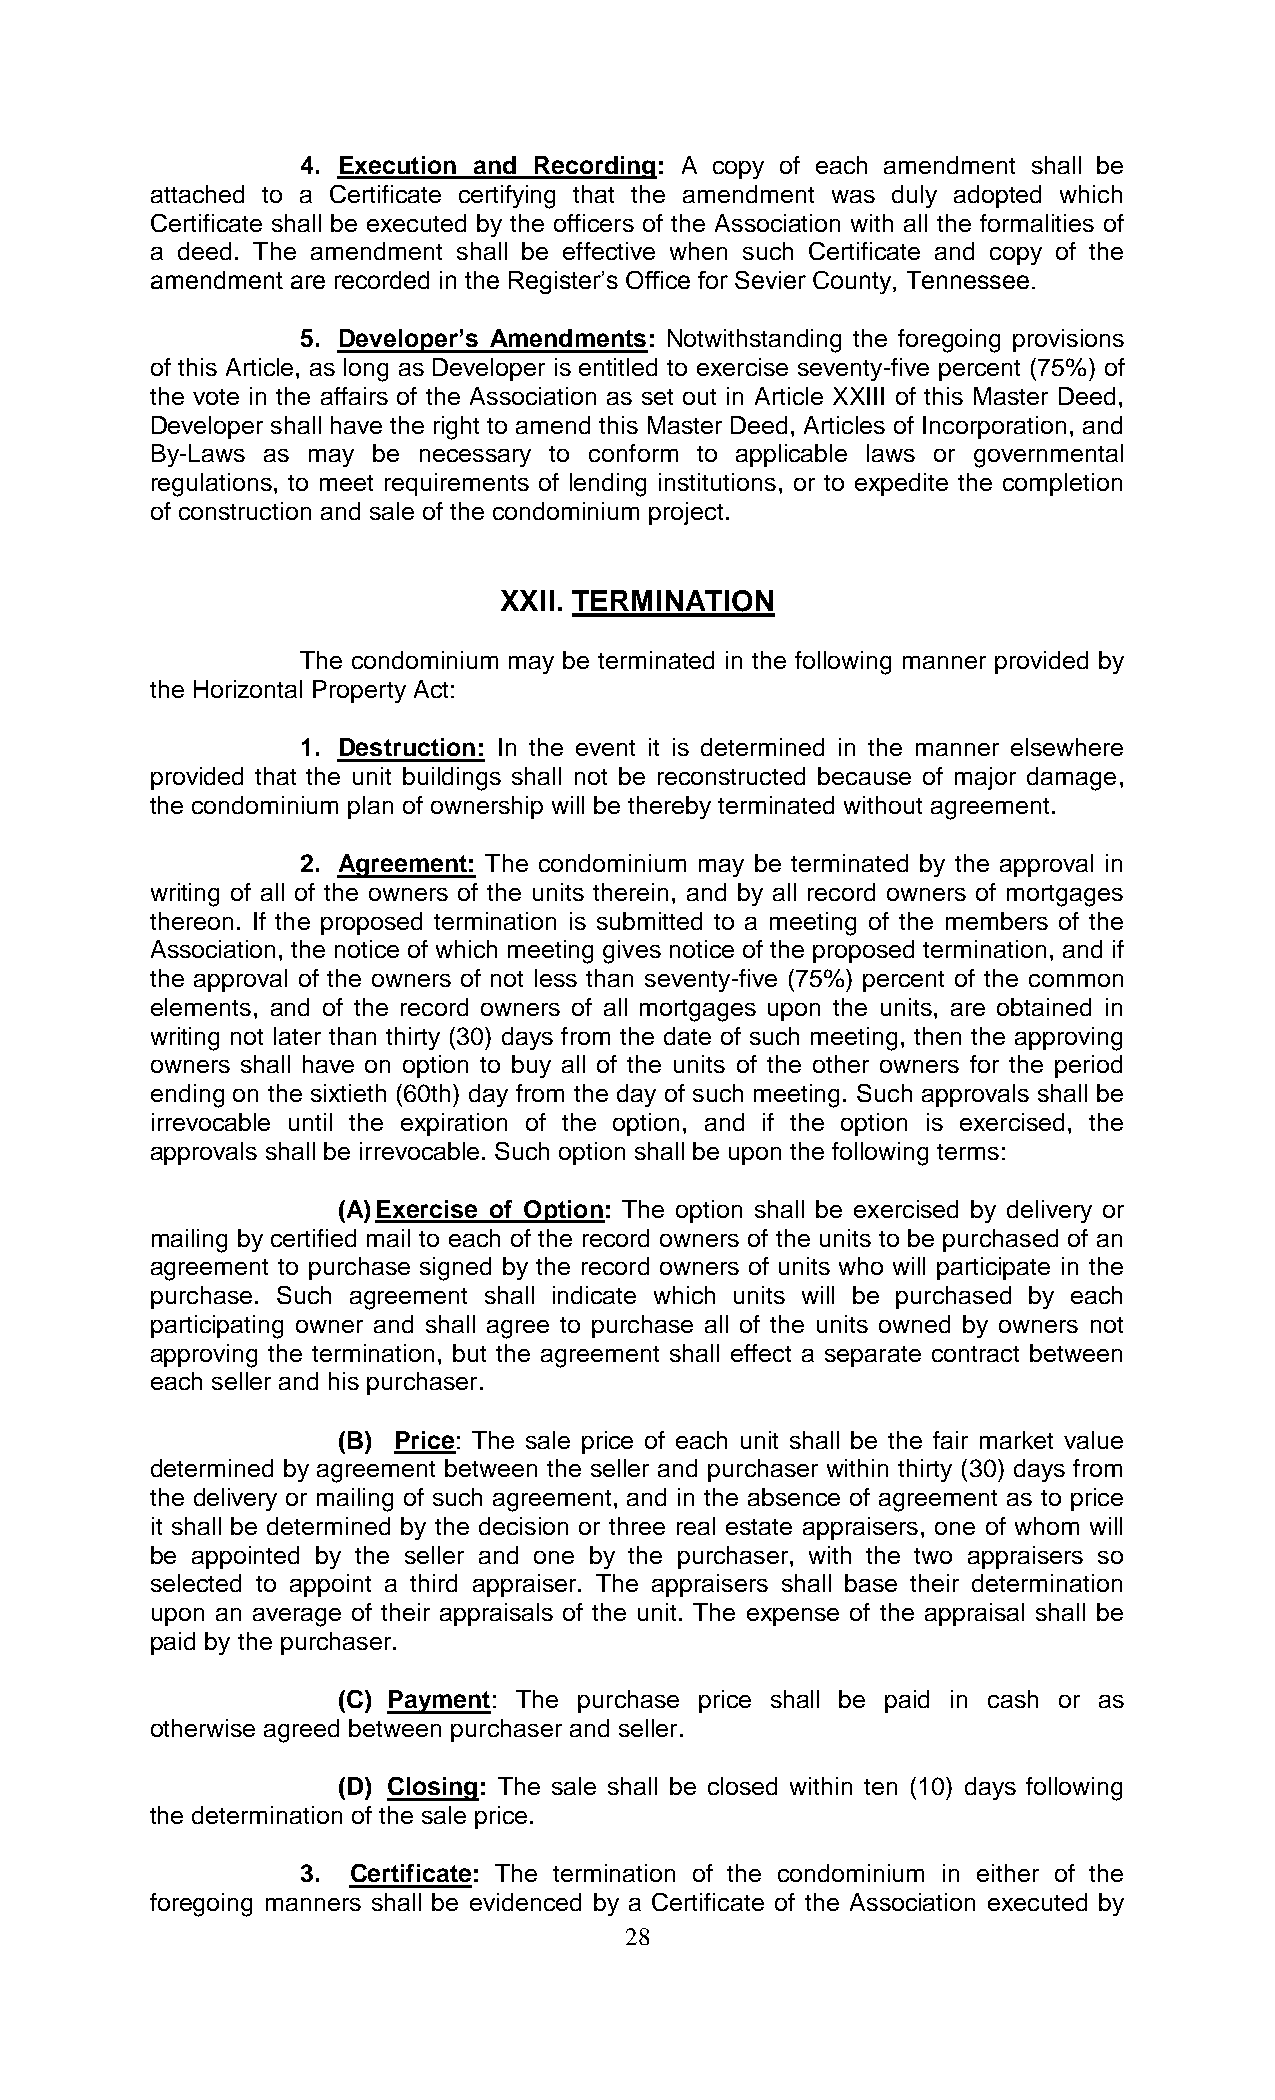
4. Execution and Recording: A copy of each amendment shall be
 attached to a Certificate certifying that the amendment was duly adopted which
 Certificate shall be executed by the officers of the Association with all the formalities of
 a deed. The amendment shall be effective when such Certificate and copy of the
 amendment are recorded in the Register’s Office for Sevier County, Tennessee.
 5. Developer’s Amendments: Notwithstanding the foregoing provisions
 of this Article, as long as Developer is entitled to exercise seventy-five percent (75%) of
 the vote in the affairs of the Association as set out in Article XXIII of this Master Deed,
 Developer shall have the right to amend this Master Deed, Articles of Incorporation, and
 By-Laws as may be necessary to conform to applicable laws or governmental
 regulations, to meet requirements of lending institutions, or to expedite the completion
 of construction and sale of the condominium project.
 XXII. TERMINATION
 The condominium may be terminated in the following manner provided by
 the Horizontal Property Act:
 1. Destruction: In the event it is determined in the manner elsewhere
 provided that the unit buildings shall not be reconstructed because of major damage,
 the condominium plan of ownership will be thereby terminated without agreement.
 2. Agreement: The condominium may be terminated by the approval in
 writing of all of the owners of the units therein, and by all record owners of mortgages
 thereon. If the proposed termination is submitted to a meeting of the members of the
 Association, the notice of which meeting gives notice of the proposed termination, and if
 the approval of the owners of not less than seventy-five (75%) percent of the common
 elements, and of the record owners of all mortgages upon the units, are obtained in
 writing not later than thirty (30) days from the date of such meeting, then the approving
 owners shall have on option to buy all of the units of the other owners for the period
 ending on the sixtieth (60th) day from the day of such meeting. Such approvals shall be
 irrevocable until the expiration of the option, and if the option is exercised, the
 approvals shall be irrevocable. Such option shall be upon the following terms:
 (A) Exercise of Option: The option shall be exercised by delivery or
 mailing by certified mail to each of the record owners of the units to be purchased of an
 agreement to purchase signed by the record owners of units who will participate in the
 purchase. Such agreement shall indicate which units will be purchased by each
 participating owner and shall agree to purchase all of the units owned by owners not
 approving the termination, but the agreement shall effect a separate contract between
 each seller and his purchaser.
 (B) Price: The sale price of each unit shall be the fair market value
 determined by agreement between the seller and purchaser within thirty (30) days from
 the delivery or mailing of such agreement, and in the absence of agreement as to price
 it shall be determined by the decision or three real estate appraisers, one of whom will
 be appointed by the seller and one by the purchaser, with the two appraisers so
 selected to appoint a third appraiser. The appraisers shall base their determination
 upon an average of their appraisals of the unit. The expense of the appraisal shall be
 paid by the purchaser.
 (C) Payment: The purchase price shall be paid in cash or as
 otherwise agreed between purchaser and seller.
 (D) Closing: The sale shall be closed within ten (10) days following
 the determination of the sale price.
 3. Certificate: The termination of the condominium in either of the
 foregoing manners shall be evidenced by a Certificate of the Association executed by
 28